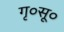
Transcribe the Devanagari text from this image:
गृ०सू०